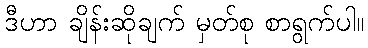
ဒီဟာ ချိန်းဆိုချက် မှတ်စု စာရွက်ပါ။